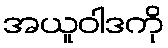
အယူဝါဒကို